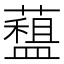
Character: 𧀽